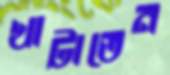
খাটাতেন